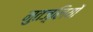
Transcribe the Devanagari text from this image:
मुतज़्लियों